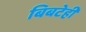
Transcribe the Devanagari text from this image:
बिबटेही